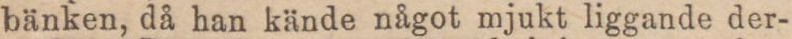
bänken, då han kände något mjukt liggande der-